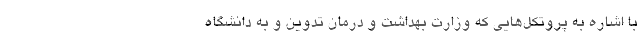
با اشاره به پروتکل‌هایی که وزارت بهداشت و درمان تدوین و به دانشگاه